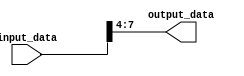
module part_select_example (
    input [7:0] input_data, // 8-bit input data
    output [3:0] output_data // 4-bit output data
);

assign output_data = input_data[7:4]; // Assign bits 7 to 4 of input data to output data

endmodule